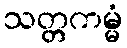
သတ္တကမ္မံ